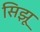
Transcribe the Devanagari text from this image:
सिझू